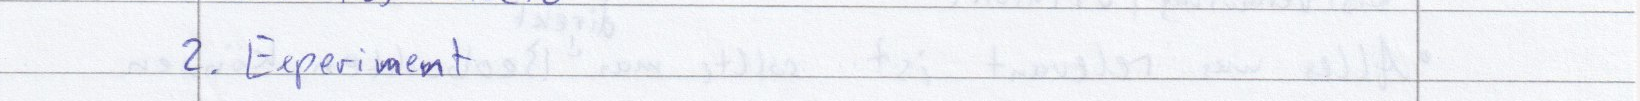
2. Experiment